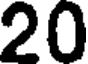
20